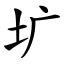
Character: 圹